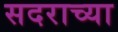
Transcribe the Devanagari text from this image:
सदराच्या